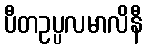
ပီတဥပ္ပလမာလိနီ